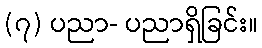
(၇) ပညာ- ပညာရှိခြင်း။